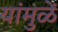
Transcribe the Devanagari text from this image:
यांमुळें